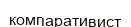
компаративист